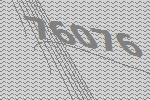
76076